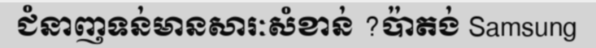
ជំនាញទន់មានសារៈសំខាន់ ?ប៉ាតង់ Samsung